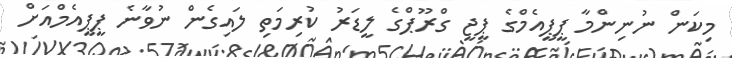
މިކަން ނުނިންމާ ޕީޕީއެމްގެ ޕީޖީ ގްރޫޕްގެ ލީޑަރު ކުރިމަތި ލައިގެން ނުވާނެ ޕީޕީއެމްއަށް